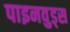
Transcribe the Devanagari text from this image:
पाइनवुड्स